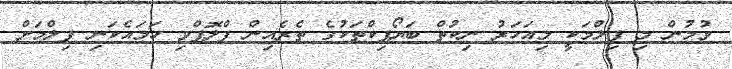
ވުމުން މި ފިލްމަކީ މިއަހަރު ނިކުތް ބަޔޯޕިކްތަކުގެ ތެރެއިން ފްލޮޕްވި ހަމައެކަނި ފިލްމަށް